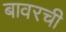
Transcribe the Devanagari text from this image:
बावरची